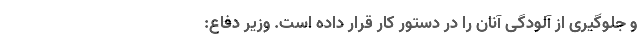
و جلوگیری از آلودگی آنان را در دستور کار قرار داده است. وزیر دفاع: